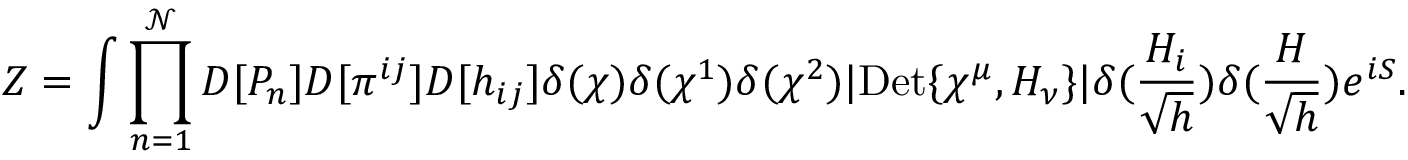
Z = \int \prod _ { n = 1 } ^ { \mathcal { N } } D [ P _ { n } ] D [ \pi ^ { i j } ] D [ h _ { i j } ] \delta ( \chi ) \delta ( \chi ^ { 1 } ) \delta ( \chi ^ { 2 } ) | \mathrm { D e t } \{ \chi ^ { \mu } , H _ { \nu } \} | \delta ( \frac { H _ { i } } { \sqrt { h } } ) \delta ( \frac { H } { \sqrt { h } } ) e ^ { i S } .